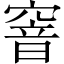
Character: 窨